Annual report of the Bengal Veterinary College and of the Civil Veterinary Department, Bengal, for the year 1908-1909 - 1908-1909
Year: 1908
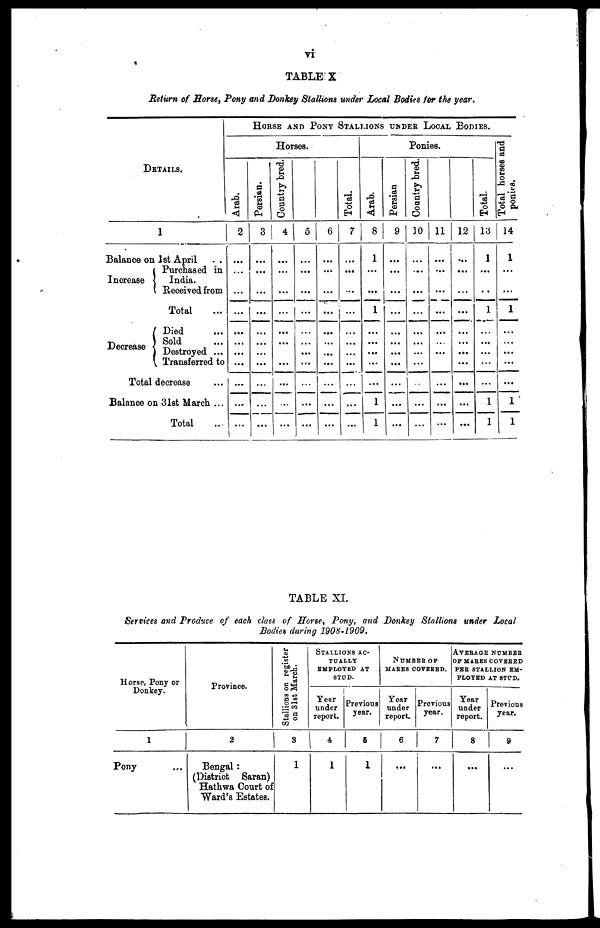
vi
TABLE X
Return of Horse, Pony and Donkey Stallions under Local Bodies for the year.
DETAILS.
1
Balance on 1st April . .
Increase
Purchased in
India.
Received from
Total ...
Decrease
Died ...
Sold ...
Destroyed ...
Transferred to
Total decrease ...
Balance on 31st March ...
Total ...
HORSE
AND
PONY
STALLIONS
UNDER
LOCAL
BODIES.
Horses.
Arab.
2
...
...
...
...
...
...
...
...
...
...
Persian.
3
...
...
...
...
...
...
...
...
...
...
Country bred.
4
...
...
...
...
...
...
...
...
...
...
5
...
...
...
...
...
...
...
...
...
...
6
...
...
...
...
...
...
...
...
...
...
Total.
7
...
...
...
...
...
...
...
...
...
...
Ponies.
Arab.
8
1
...
...
1
...
...
...
...
1
1
Persian
9
...
...
...
...
...
...
...
...
...
...
Country bred.
10
...
...
...
...
...
...
...
...
...
...
11
...
...
...
...
...
...
...
...
...
...
12
...
...
...
...
...
...
...
...
...
...
Total.
13
1
...
...
1
...
...
...
...
1
1
Total horses and
ponies.
14
1
...
...
1
...
...
...
...
1
1
TABLE XI.
Services and Produce of each class of Horse, Pony, and Donkey Stallions under Local
Bodies during 1908-1909.
Horse, Pony or
Donkey.
1
Pony ...
Province.
2
Bengal :
(District Saran)
Hathwa Court of
Ward's Estates.
Stallions on register
on 31st March.
3
1
STALLIONS AC-
TUALLY
EMPLOYED AT
STUD.
Year
under
report.
4
1
Previous
year.
5
1
NUMBER OF
MARES COVERED.
Year
under
report.
6
...
Previous
year.
7
...
AVEREGE
NUMBER
OF MARES COVERED
PER STALLION EM-
PLOYED AT STUD.
Year
under
report.
8
...
Previous
year.
9
...